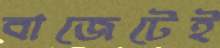
বাজেটেই